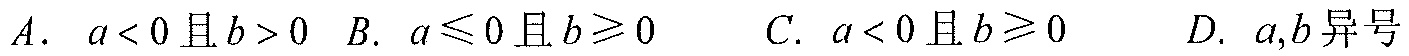
\(A.\ a < 0\)且\(b > 0\) \(B.\ a\leqslant0\)且\(b\geqslant0\) \(C.\ a < 0\)且\(b\geqslant0\) \(D.\ a,b\)异号